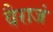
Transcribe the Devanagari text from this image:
वैराजं